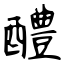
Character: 醴